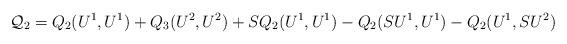
LaTeX: \begin{align*} \mathcal{Q}_2 = Q_2(U^1, U^1) + Q_3(U^2, U^2) + SQ_2(U^1,U^1)- Q_2(SU^1, U^1) - Q_2(U^1, SU^2)\end{align*}